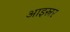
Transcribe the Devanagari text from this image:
आइस्नर